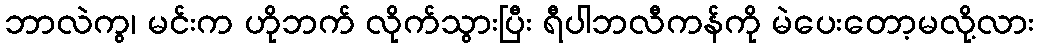
ဘာလဲကွ၊ မင်းက ဟိုဘက် လိုက်သွားပြီး ရီပါဘလီကန်ကို မဲပေးတော့မလို့လား